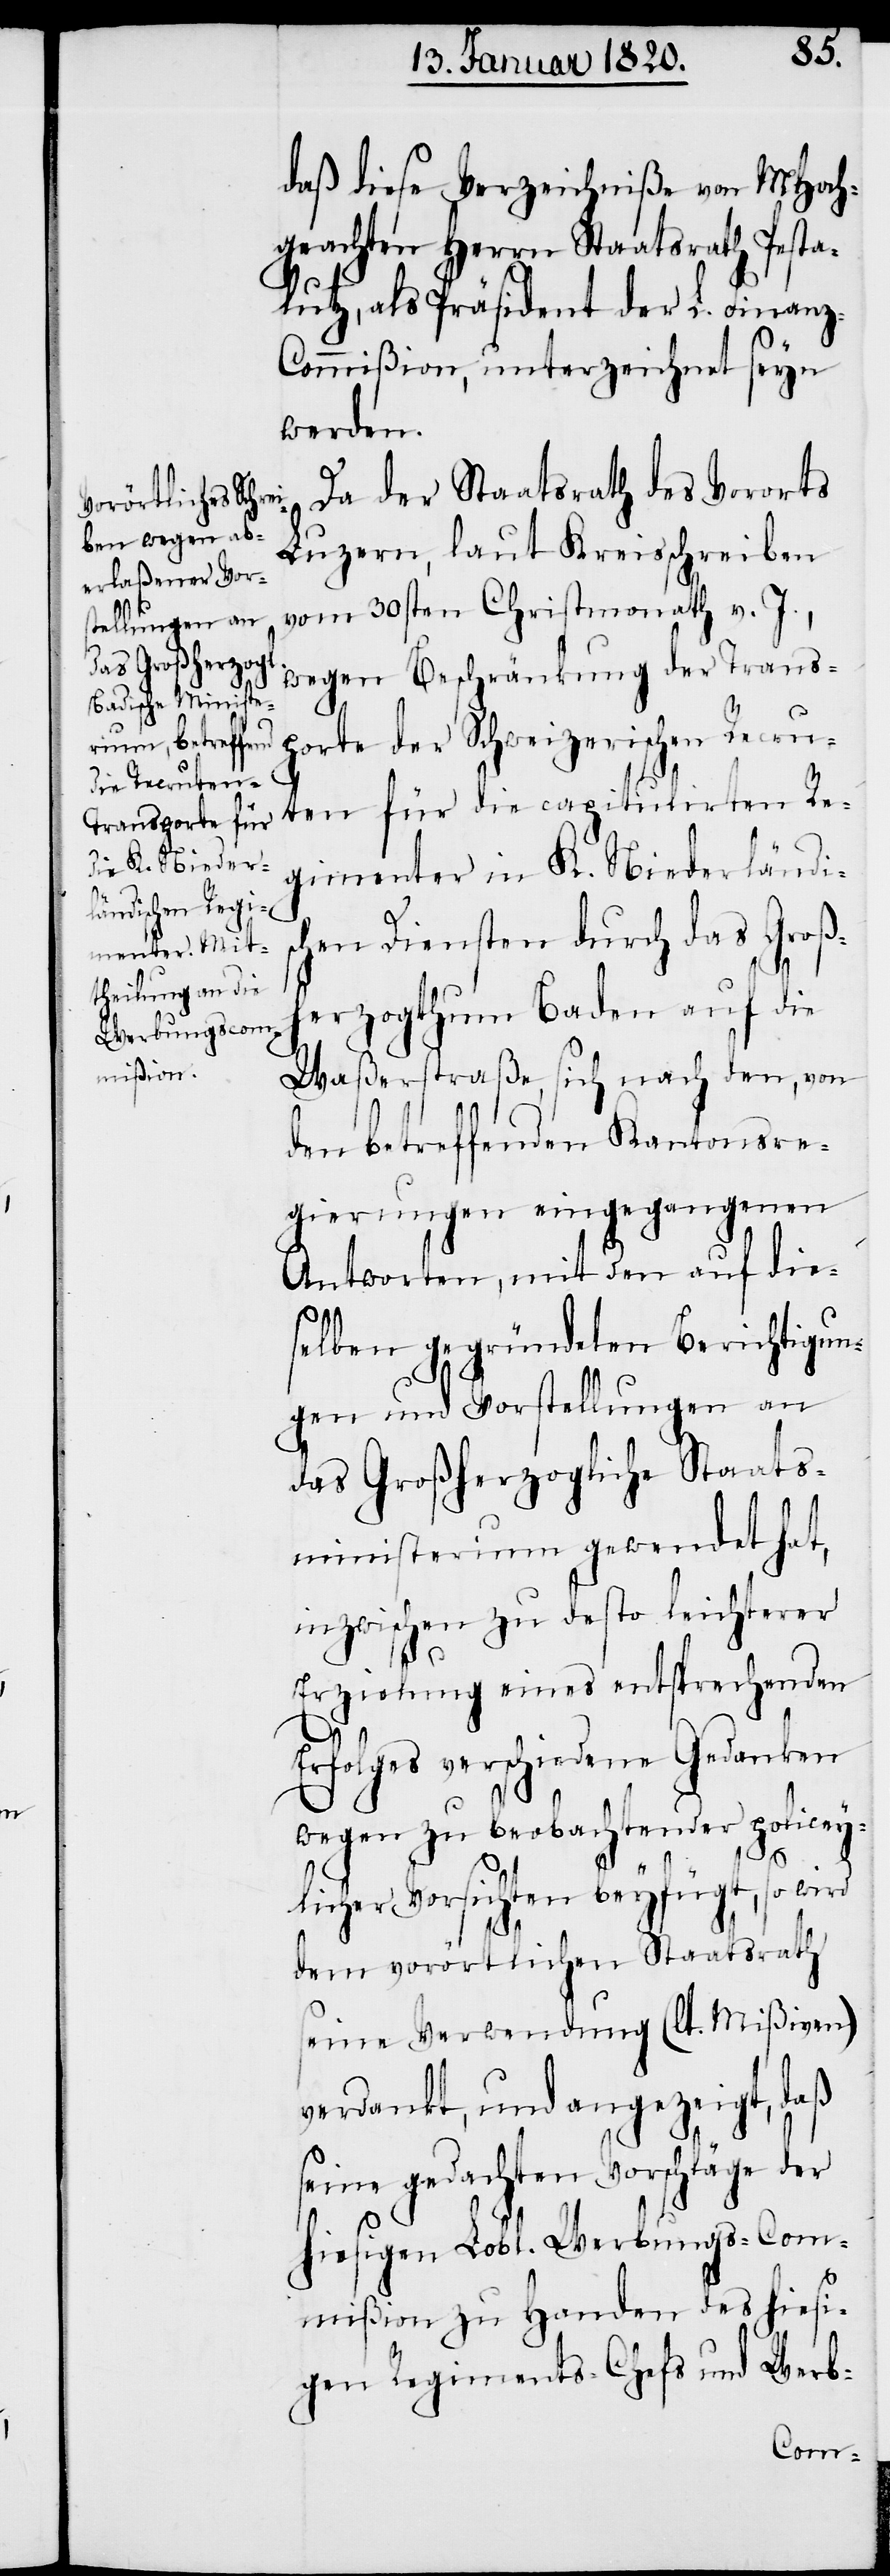
daß diese Verzeichniße von MHoch¬
geachten Herrn Staatsrath Pest¬
alutz, als Präsident der L. Finanz-C¬
ommißion, unterzeichnet seyn
werden.
Da der Staatsrath des Vororts
Luzern, laut Kreisschreiben
vom 30sten Christmonath v. J.,
wegen Beschränkung der Trans¬
porte der Schweizerischen Recru¬
ten für die capitulirten Re¬
gimenter in K. Niederländis¬
chen Diensten durch das Großh¬
erzogthum Baden auf die
Waßerstraße, sich nach den, von
den betreffenden Kantonsre¬
gierungen eingegangenen
Antworten, mit den auf die¬
selben gegründeten Berichtigun¬
gen und Vorstellungen an
das Großherzogliche Staats¬
ministerium gewendet hat,
inzwischen zu desto leichterer
Erzielung eines entsprechenden
Erfolges verschiedene Gedanken
wegen zu beobachtender policey¬
licher Vorsichten beyfügt, so wird
dem vorörtlichen Staatsrath
seine Verwendung (lt. Mißiven)
verdankt, und angezeigt, daß
seine gedachten Vorschläge der
hiesigen Lobl. Werbungs-Com¬
mißion zu Handen des hiesi¬
gen Regiments-Chefs und Werb-